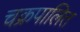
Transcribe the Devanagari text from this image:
चक्रपालित